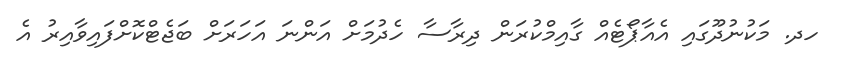
ހދ. މަކުނުދޫގައި އެއާޕޯޓެއް ގާއިމްކުރަން ދިރާސާ ހެދުމަށް އަންނަ އަހަރަށް ބަޖެޓްކޮށްފައިވާއިރު އެ